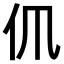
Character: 𠆰